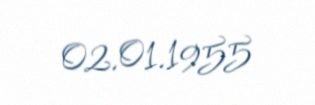
02.01.1955